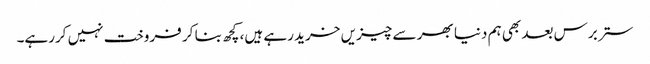
ستر برس بعد بھی ہم دنیا بھر سے چیزیں خرید رہے ہیں، کچھ بنا کر فروخت نہیں کررہے۔